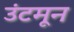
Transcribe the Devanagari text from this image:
उंटमून